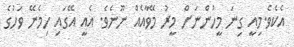
އެކެވެ.މިއީ ގިނަ މީހުންނަށް މީރު މޭވާއެއް ނޫނެވެ. އެއީ އޭގައި ހިމެނޭ ވަހުގެ